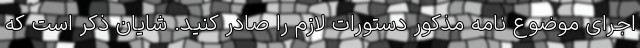
اجرای موضوع نامه مذکور دستورات لازم را صادر کنید. شایان ذکر است که